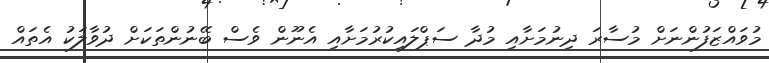
މުވައްޒަފުންނަށް މުސާރަ ދިނުމަށާއި މުދާ ސަޕްލައިކުރުމަށާއި އެނޫން ވެސް ބޭނުންތަކަށް ދުވާލަކު އެތައް